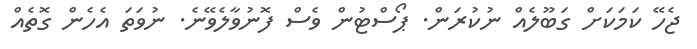
ޖެހޭ ކަމަކަށް ގަބޫލެއް ނުކުރަން. ޕޯސްޓުން ވެސް ފޮނުވާލެވޭނެ. ނުވަތަ އެހެން ގޮތެއް